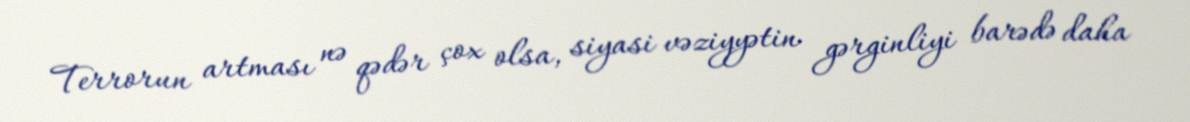
Terrorun artması nə qədər çox olsa, siyasi vəziyyətin gərginliyi barədə daha